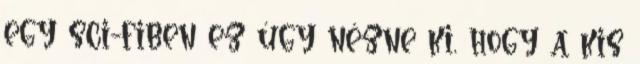
egy sci-fiben ez úgy nézne ki, hogy a kis